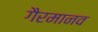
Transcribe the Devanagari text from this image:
गैरमानव